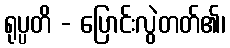
ရုပ္ပတိ - ပြောင်းလွဲတတ်၏၊